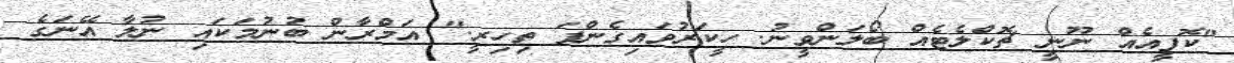
"ކޮފީއެއް ނޫނީ ޗޮކްލެޓެއް ބޯލަންވީނު. ހީކަރުވައިގެންފަ ތިހިރީ." އަމްރާން ބުނުމަކައި ނުލާ އޭނަގެ